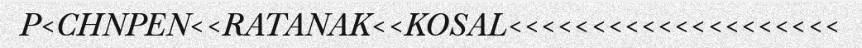
P<CHNPEN<<RATANAK<<KOSAL<<<<<<<<<<<<<<<<<<<<